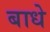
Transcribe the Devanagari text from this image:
बाधे